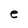
Character: e